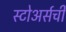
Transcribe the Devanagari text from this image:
स्टोअर्सची